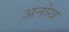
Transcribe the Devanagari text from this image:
अनोख